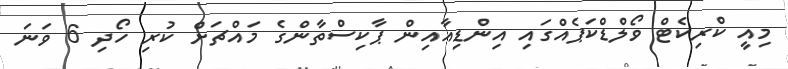
މިއީ ކްރިކެޓް ވޯލްޑްކަޕެއްގައި އިންޑިއާއިން ޕާކިސްތާންގެ މައްޗަށް ކުރި ހޯދި 6 ވަނަ